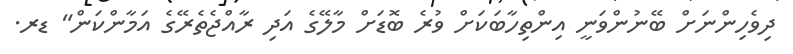
ދިވެހިންނަށް ބޭނުންވަނީ އިންތިހާބަކަށް ވުރެ ބޮޑަށް މާލޭގެ އަދި ރާއްޖެތެރޭގެ އަމާންކަން" ޑރ.